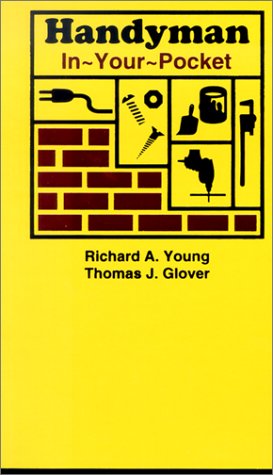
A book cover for Handyman In-Your-Pocket; Richard Allen Young; Engineering & Transportation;